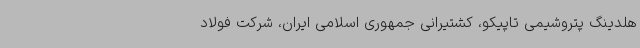
هلدینگ پتروشیمی تاپیکو، کشتیرانی جمهوری اسلامی ایران، شرکت فولاد